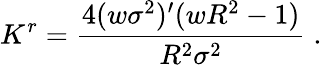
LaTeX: K^{r}=\frac{4(w\sigma^{2})^{\prime}(wR^{2}-1)}{R^{2}\sigma^{2}}\; .